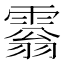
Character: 𩄘